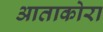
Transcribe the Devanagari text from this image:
आताकोरा